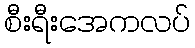
စီးရီးအေကလပ်